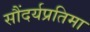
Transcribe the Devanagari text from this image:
सौंदर्यप्रतिमा